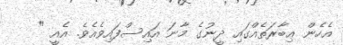
އެހެން ޢިބާރަތެއްގައި ދީނުގެ މާނަ އައިސްފައިވެއެވެ. އެއީ "